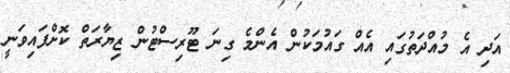
އަދި އެ މުއްދަތުގައި އެއް ގައުމަކުން އެންމެ ގިނަ ޓޫރިސްޓުން ޒިޔާރަތް ކޮށްފައިވަނީ